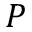
P